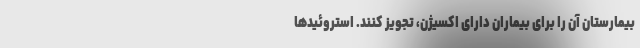
بیمارستان آن را برای بیماران دارای اکسیژن، تجویز کنند. استروئیدها